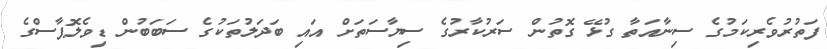
ފަތުރުވެރިކަމުގެ ސިނާއަތާ ގުޅޭ ގޮތުން ސަރުކާރުގެ ސިޔާސަތަށް އައި ބަދަލުތަކުގެ ސަބަބުން ޑިވެލޮޕާސްގެ